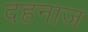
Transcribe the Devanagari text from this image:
दहनाज